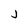
Character: j